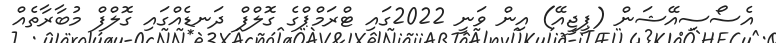
އެސޯސިއޭޝަން (ޕީޖީއޭ) އިން ވަނީ 2022ގައި ޓްރަމްޕްގެ ގޮލްފް ދަނޑެއްގައި ގޮލްފް މުބާރާތެއް